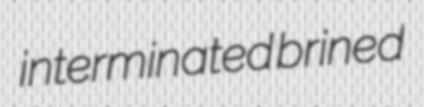
interminated brined